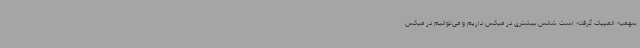
سهمیه المپیک گرفته است شانس بیشتری در میکس داریم و می‌توانیم در میکس